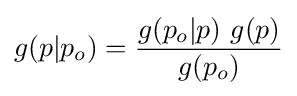
g(p|p_{o})={\dfrac {g(p_{o}|p)\ g(p)}{g(p_{o})}}